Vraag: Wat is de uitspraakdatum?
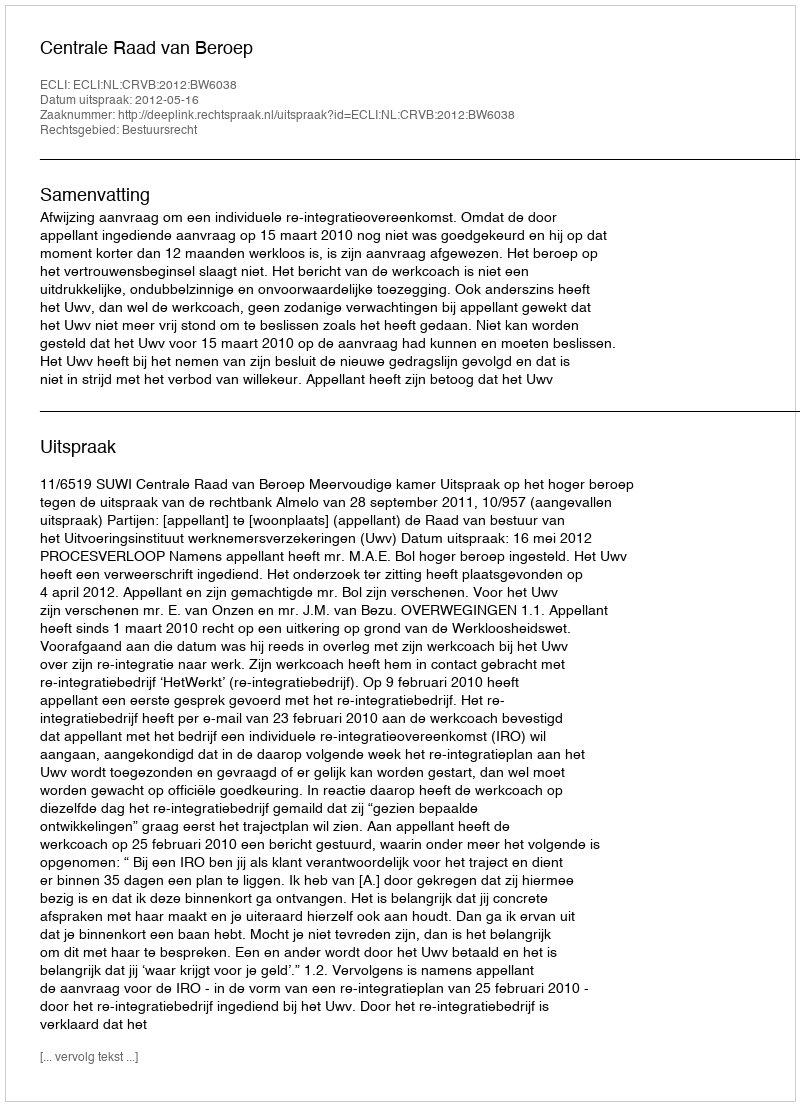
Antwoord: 2012-05-16